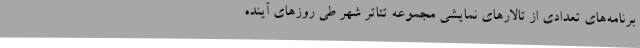
برنامه‌های تعدادی از تالارهای نمایشی مجموعه تئاتر شهر طی روزهای آینده